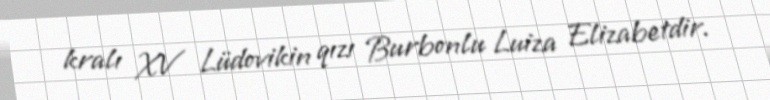
kralı XV Lüdovikin qızı Burbonlu Luiza Elizabetdir.